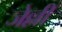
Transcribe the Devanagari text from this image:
जेल्ली